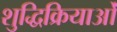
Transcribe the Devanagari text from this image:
शुद्धिक्रियाओं